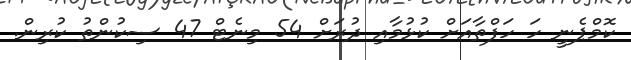
ކޮމްޕެނީ ހަ ހަފްތާއަށް ކުޅުމާއި ދުރަށް 54 މިނެޓް 47 ސިކުންތު ކުރިން.